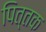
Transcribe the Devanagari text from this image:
पित्तक